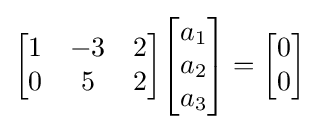
{\begin{bmatrix}1&-3&2\\0&5&2\end{bmatrix}}{\begin{bmatrix}a_{1}\\a_{2}\\a_{3}\end{bmatrix}}={\begin{bmatrix}0\\0\end{bmatrix}}